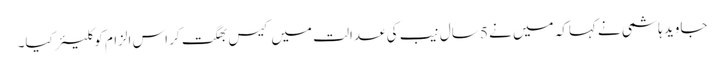
جاوید ہاشمی نے کہاکہ میں نے 5 سال نیب کی عدالت میں کیس بھگت کر اس الزام کو کلیئر کیا۔